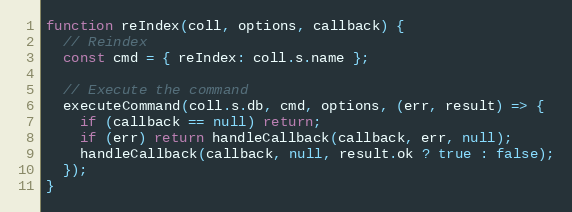
Language: JavaScript
function reIndex(coll, options, callback) {
  // Reindex
  const cmd = { reIndex: coll.s.name };

  // Execute the command
  executeCommand(coll.s.db, cmd, options, (err, result) => {
    if (callback == null) return;
    if (err) return handleCallback(callback, err, null);
    handleCallback(callback, null, result.ok ? true : false);
  });
}